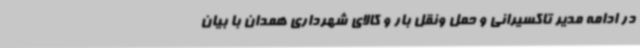
در ادامه مدیر تاکسیرانی و حمل ونقل بار و کالای شهرداری همدان با بیان